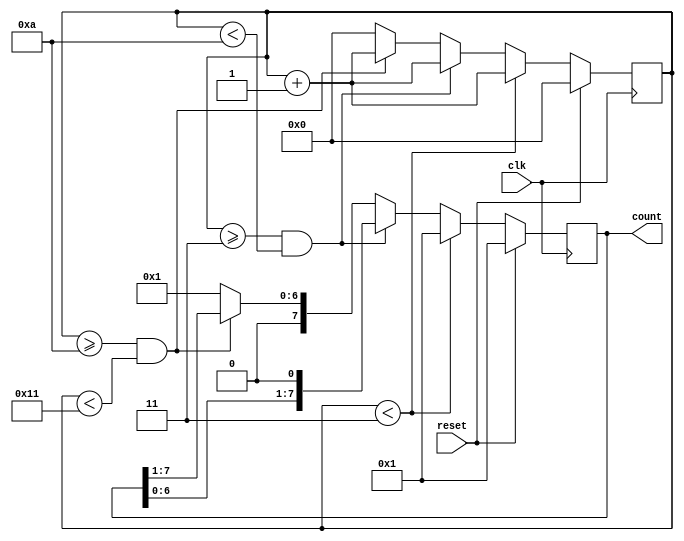
module shift_counter(count, clk, reset);
output reg [7:0] count = 8'b0000_0001;
input clk, reset;
reg [4:0] flag; 

always @ (posedge clk)
begin
  if (reset) 
  begin
    count <= 1;
    flag <= 0;
  end
  else begin
    if (flag<3)
    begin 
      flag <= flag + 1;
      count <= 1;
    end
    else if (flag>=3 && flag<10)
    begin
      flag <= flag +1;
      count <= count << 1;
    end
    else if (flag>=10 && flag<17)
    begin
      flag <= flag + 1;
      count <= count >> 1;
    end
    else begin
      flag <= 0;
      count <= 1;
    end
  end
end

endmodule